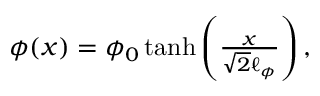
\begin{array} { r } { \phi ( x ) = \phi _ { 0 } \operatorname { t a n h } \left( \frac { x } { \sqrt { 2 } \ell _ { \phi } } \right) , } \end{array}